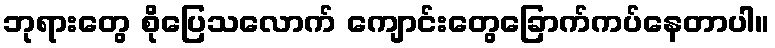
ဘုရားတွေ စိုပြေသလောက် ကျောင်းတွေခြောက်ကပ်နေတာပါ။